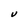
Character: V